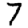
Digit: 7